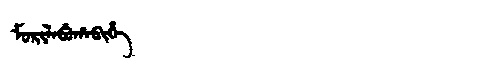
Manchu: ᠮᠣᡵᡳᠯᠠᠪᡠᡥᠠᠪᡳᡥᡝ
Romanization: MORILABUHABIHE